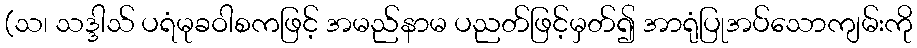
(သ၊ သဒ္ဒါသ် ပရံမုခဝါစကဖြင့် အမည်နာမ ပညတ်ဖြင့်မှတ်၍ အာရုံပြုအပ်သောကျမ်းကို